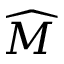
\widehat { M }